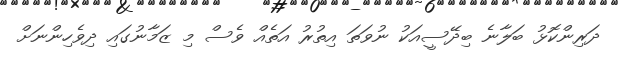
ދަރިންކޮޅު ބަލާނެ ބިދޭސީއަކު ނުވަތަ އިތުރު އަތެއް ވެސް މި ޒަމާނުގައި ދިވެހިންނަށް